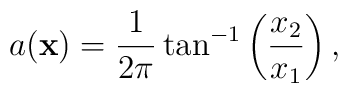
a({\bf x})=\frac{1 }{2\pi}\tan^{-1}\left(\frac{x_{2}}{x_{1}}\right),